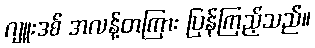
ဂျူးဒစ် အလန့်တကြား ပြန်ကြည့်သည်။